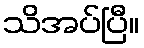
သိအပ်ပြီ။